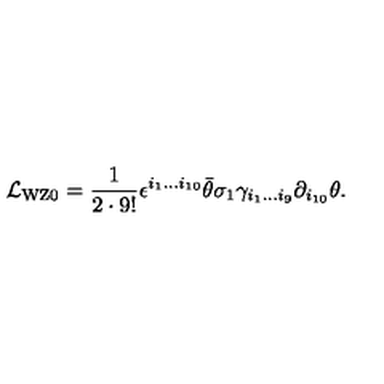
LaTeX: { \cal L } _ { \mathrm { W Z } 0 } = { \frac { 1 } { 2 \cdot 9 ! } } \epsilon ^ { i _ { 1 } \ldots i _ { 1 0 } } \bar { \theta } \sigma _ { 1 } \gamma _ { i _ { 1 } \ldots i _ { 9 } } \partial _ { i _ { 1 0 } } \theta .